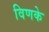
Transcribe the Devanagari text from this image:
विणके